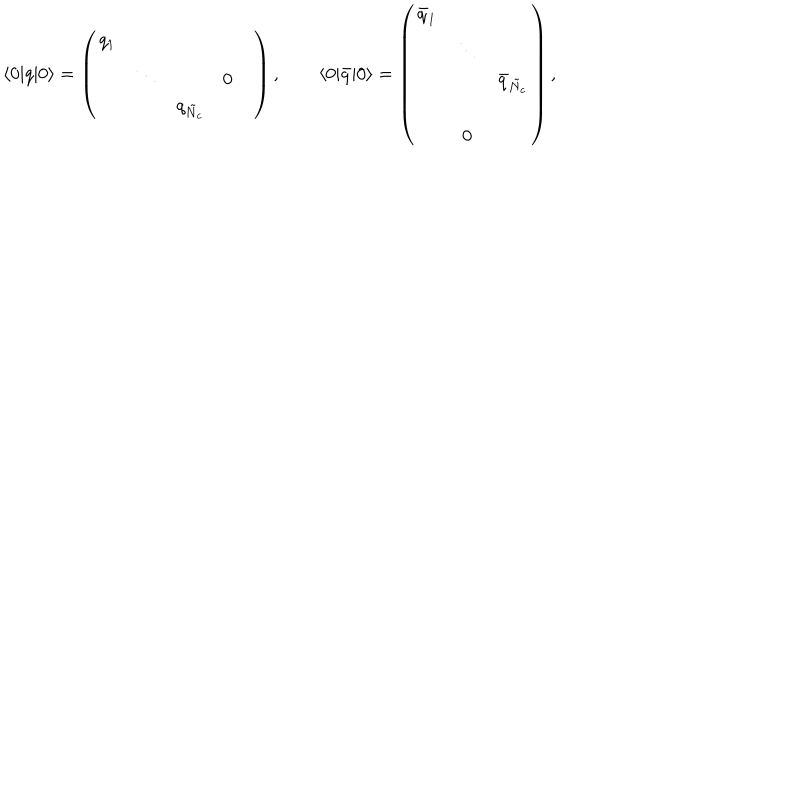
\langle 0 | q | 0 \rangle = \left( \begin{array} { c c c c c } { { q _ { 1 } } } & { { } } & { { } } & { { } } & { { } } \\ { { } } & { { \ddots } } & { { } } & { { 0 } } & { { } } \\ { { } } & { { } } & { { q _ { \tilde { N } _ { c } } } } & { { } } & { { } } \\ \end{array} \right) , \qquad \langle 0 | { \bar { q } } | 0 \rangle = \left( \begin{array} { c c c } { { \bar { q } _ { 1 } } } & { { } } & { { } } \\ { { } } & { { \ddots } } & { { } } \\ { { } } & { { } } & { { \bar { q } _ { \tilde { N } _ { c } } } } \\ { { } } & { { } } & { { } } \\ { { } } & { { 0 } } & { { } } \\ \end{array} \right) ,